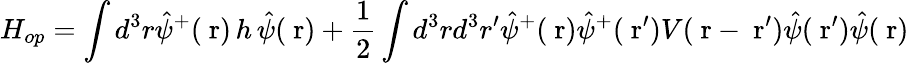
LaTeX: H_{op}=\int d^{3}r\hat{\psi}^{+}(\mathrm{\mathbf~r})\, h\, \hat{\psi}(\mathrm{\mathbf~r})+\frac{1}{2}\int d^{3}rd^{3}r^{\prime}\hat{\psi}^{+}(\mathrm{\mathbf~r})\hat{\psi}^{+}(\mathrm{\mathbf~r}^{\prime})V(\mathrm{\mathbf~r}-\mathrm{\mathbf~r}^{\prime})\hat{\psi}(\mathrm{\mathbf~r}^{\prime})\hat{\psi}(\mathrm{\mathbf~r})